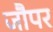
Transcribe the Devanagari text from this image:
जौपर